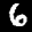
Label: 6